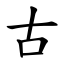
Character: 古